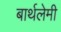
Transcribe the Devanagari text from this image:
बार्थलेमी